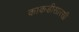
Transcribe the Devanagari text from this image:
काकडीसारखी